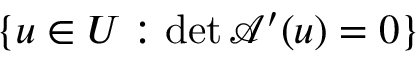
\{ u \in U : \operatorname* { d e t } \mathcal { A } ^ { \prime } ( u ) = 0 \}